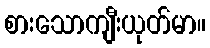
စားသောကျီးယုတ်မာ။